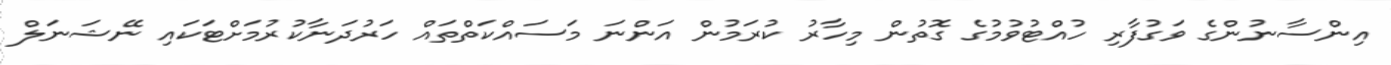
އިންސާނުންގެ ވަގުފާރި ހުއްޓުވުމުގެ ގޮތުން މިހާރު ކުރަމުން އަންނަ މަސައްކަތްތައް ހަރުދަނާކުރުމަށްޓަކައި ނޭޝަނަލް